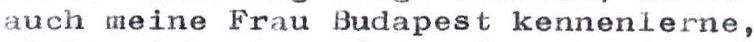
auch meine Frau Budapest kennenlerne,